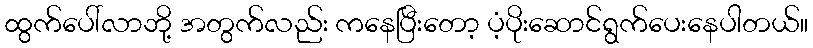
ထွက်ပေါ်လာဘို့ အတွက်လည်း ကနေပြီးတော့ ပံ့ပိုးဆောင်ရွက်ပေးနေပါတယ်။